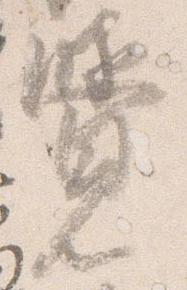
覚